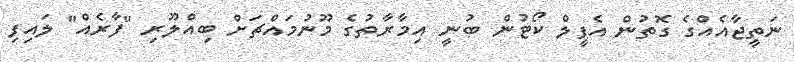
ނަތީޖާއެއްގެ ގޮތުން އެޕީލް ކޯޓުން ބުނީ އިމާރާތުގެ މޫނުމައްޗަށް ބިއްލޫރި "ފާރެއް" ލައިފި